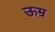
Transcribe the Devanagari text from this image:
ऊम्र